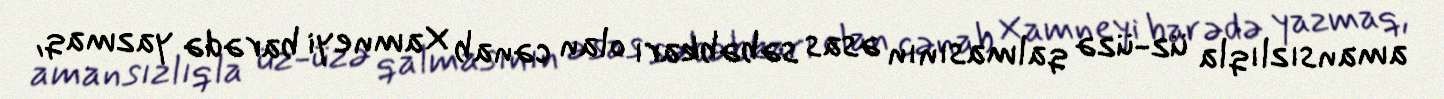
amansızlıqla üz-üzə qalmasının əsas səbəbkarı olan cənab Xamneyi barədə yazmaq,